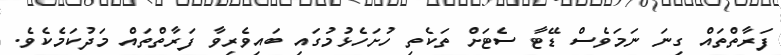
ފަރާތްތައް ގިނަ ނަމަވެސް ޑޭޓާ ސެޓަށް ތަކެތި ހުށަހެޅުމުގައި ބައިވެރިވާ ފަރާތްތައް މަދުކަމެކެވެ.